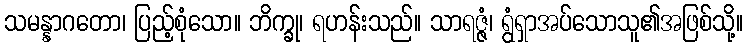
သမန္နာဂတော၊ ပြည့်စုံသော။ ဘိက္ခု၊ ရဟန်းသည်။ သာရဇ္ဇံ၊ ရွံရှာအပ်သောသူ၏အဖြစ်သို့။